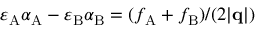
\varepsilon _ { \mathrm { A } } \alpha _ { \mathrm { A } } - \varepsilon _ { \mathrm { B } } \alpha _ { \mathrm { B } } = ( f _ { \mathrm { A } } + f _ { \mathrm { B } } ) / ( 2 | \mathbf { q } | )